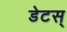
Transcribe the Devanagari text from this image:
डेटस्‌